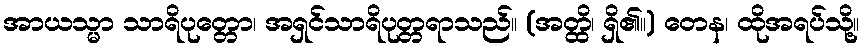
အာယသ္မာ သာရိပုတ္တော၊ အရှင်သာရိပုတ္တရာသည်။ (အတ္ထိ၊ ရှိ၏။) တေန၊ ထိုအရပ်သို့။